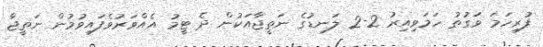
ފުރިހަމަ ވަގުތު ހަމަވިއިރު 2-2 ލަނޑުގެ ނަތީޖާއަކުން ދެ ޓީމު އެއްވަރުވެފައިވުމުން ނަތީޖާ